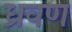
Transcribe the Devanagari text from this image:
ध्रवण